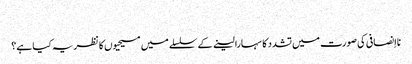
‏
نااِنصافی کی صورت میں تشدد کا سہارا لینے کے سلسلے میں مسیحیوں کا نظریہ کیا ہے؟